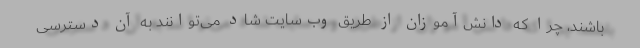
باشند، چرا که دانش‌آموزان از طریق وب‌سایت شاد می‌توانند به آن دسترسی